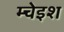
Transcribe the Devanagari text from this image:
म्चेइश